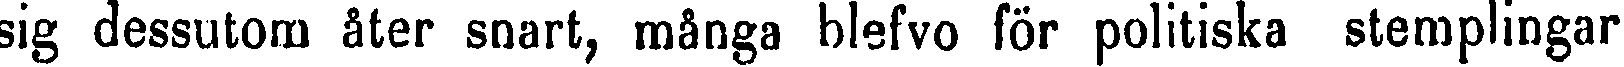
sig dessutom åter snart, många blefvo för politiska stemplingar